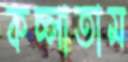
কচ্‌লাতাম